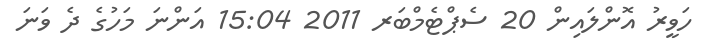
ހަވީރު އޮންލައިން 20 ސެޕްޓެމްބަރ 2011 15:04 އަންނަ މަހުގެ ދެ ވަނަ